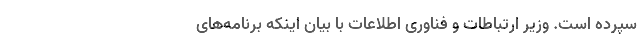
سپرده است. وزیر ارتباطات و فناوری اطلاعات با بیان اینکه برنامه‌های